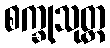
စက္ခုသုတ္တ